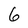
Character: 6